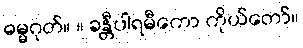
ဓမ္မဂုတ်။ ။ ခန္တီပါရမီကော ကိုယ်တော်။